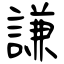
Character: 謙